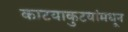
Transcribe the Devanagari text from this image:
काटयाकुटयांमधून